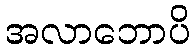
အလာဘောပိ